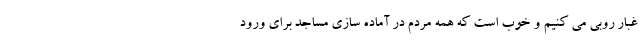
غبار روبی می کنیم و خوب است که همه مردم در آماده سازی مساجد برای ورود